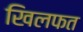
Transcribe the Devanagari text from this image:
खिलफत